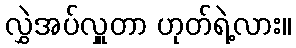
လွှဲအပ်လှူတာ ဟုတ်ရဲ့လား။